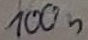
Text: 100n